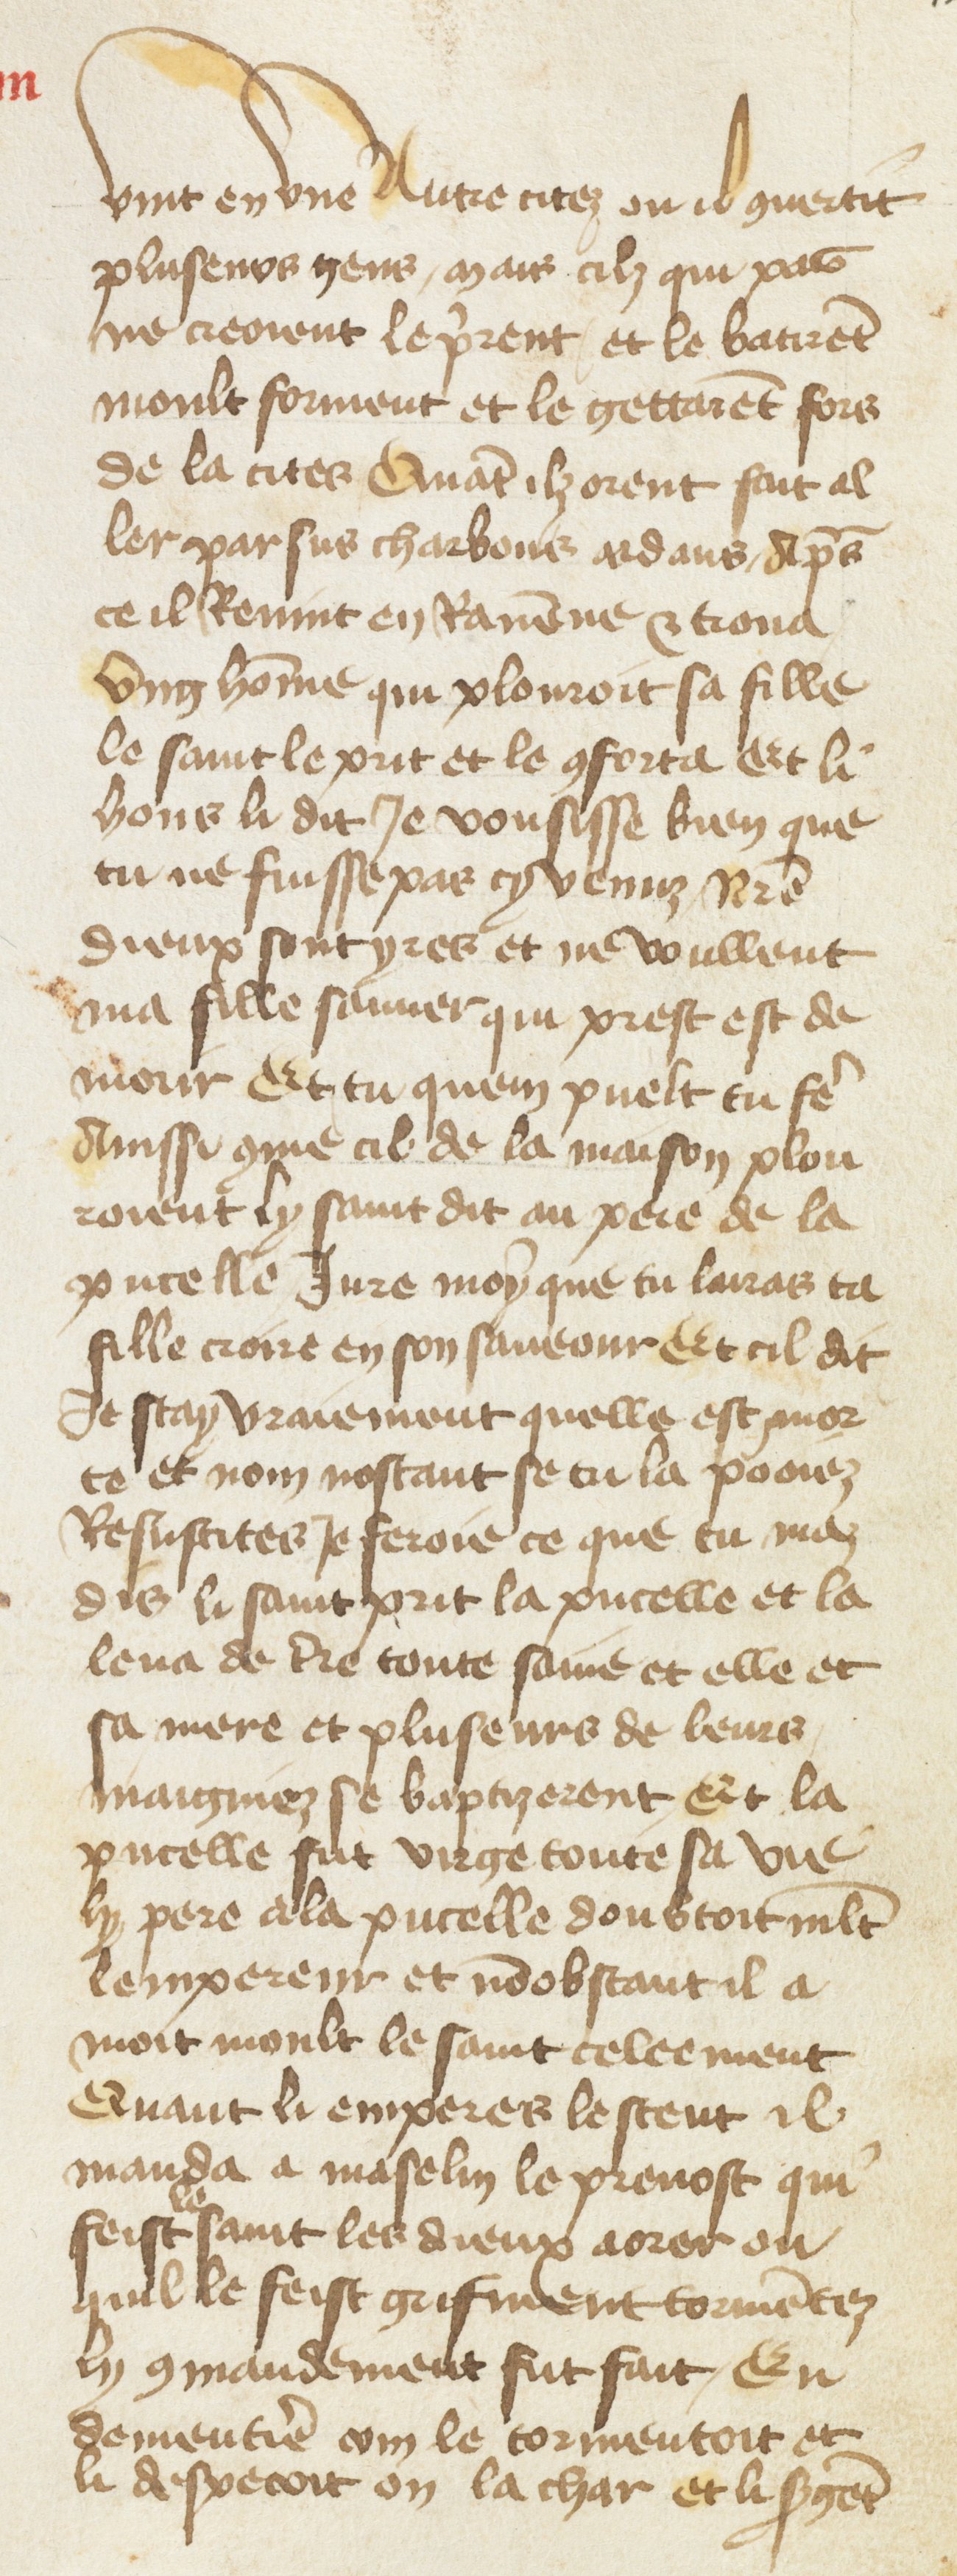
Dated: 1400–1499